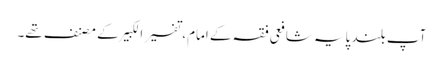
آپ بلند پایہ شافعی فقہ کے امام، تفسیر الکبیر کے مصنف تھے۔